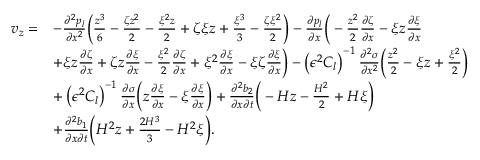
\begin{array} { r l } { v _ { z } = } & { - \frac { \partial ^ { 2 } p _ { l } } { \partial x ^ { 2 } } \bigg ( \frac { z ^ { 3 } } { 6 } - \frac { \zeta z ^ { 2 } } { 2 } - \frac { \xi ^ { 2 } z } { 2 } + \zeta \xi z + \frac { \xi ^ { 3 } } { 3 } - \frac { \zeta \xi ^ { 2 } } { 2 } \bigg ) - \frac { \partial p _ { l } } { \partial x } \bigg ( - \frac { z ^ { 2 } } { 2 } \frac { \partial \zeta } { \partial x } - \xi z \frac { \partial \xi } { \partial x } } \\ & { + \xi z \frac { \partial \zeta } { \partial x } + \zeta z \frac { \partial \xi } { \partial x } - \frac { \xi ^ { 2 } } { 2 } \frac { \partial \zeta } { \partial x } + \xi ^ { 2 } \frac { \partial \xi } { \partial x } - \xi \zeta \frac { \partial \xi } { \partial x } \bigg ) - \left( \epsilon ^ { 2 } C _ { l } \right) ^ { - 1 } \frac { \partial ^ { 2 } \sigma } { \partial x ^ { 2 } } \bigg ( \frac { z ^ { 2 } } { 2 } - \xi z + \frac { \xi ^ { 2 } } { 2 } \bigg ) } \\ & { + \left( \epsilon ^ { 2 } C _ { l } \right) ^ { - 1 } \frac { \partial \sigma } { \partial x } \bigg ( z \frac { \partial \xi } { \partial x } - \xi \frac { \partial \xi } { \partial x } \bigg ) + \frac { \partial ^ { 2 } b _ { 2 } } { \partial x \partial t } \bigg ( - H z - \frac { H ^ { 2 } } { 2 } + H \xi \bigg ) } \\ & { + \frac { \partial ^ { 2 } b _ { 1 } } { \partial x \partial t } \bigg ( H ^ { 2 } z + \frac { 2 H ^ { 3 } } { 3 } - H ^ { 2 } \xi \bigg ) . } \end{array}